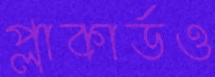
প্লাকার্ডও